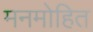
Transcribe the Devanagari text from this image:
मनमोहित